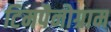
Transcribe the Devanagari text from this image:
टिमपैनोग्राम